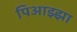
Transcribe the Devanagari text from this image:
पिआझ्झा